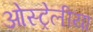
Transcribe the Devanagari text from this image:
ओस्ट्रेलीया